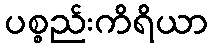
ပစ္စည်းကိရိယာ